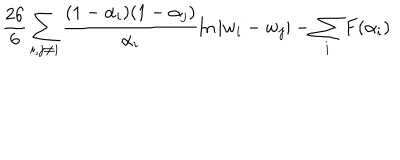
LaTeX: \frac { 2 6 } { 6 } \sum _ { i , j \neq i } \frac { ( 1 - \alpha _ { i } ) ( 1 - \alpha _ { j } ) } { \alpha _ { i } } \ln | w _ { i } - w _ { j } | - \sum _ { i } F ( \alpha _ { i } )